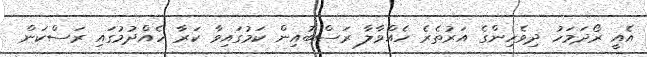
އެއީ ރޯދަމަހު ދިވެހިންގެ އަރުތެރެ ހެއްވާލާ ރަސްބުއިން ކަމުގައިވާ ކަރާ ހެއްދުމުގައި ރަސްކަން